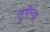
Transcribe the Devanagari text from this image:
तुर्भेच्या